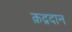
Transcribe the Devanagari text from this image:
क़द्रदान